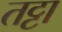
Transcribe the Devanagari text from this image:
तट्टा